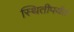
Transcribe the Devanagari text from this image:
स्थितीपर्यंत